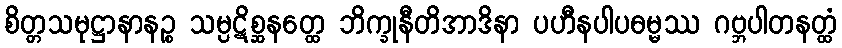
စိတ္တသမုဋ္ဌာနာနဉ္စ သမ္ပဋိစ္ဆနတ္ထေ ဘိက္ခုနီတိအာဒိနာ ပဟီနပါပဓမ္မဿ ဂဗ္ဘပါတနတ္ထံ